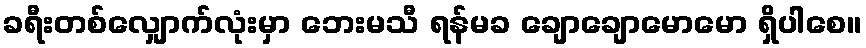
ခရီးတစ်လျှောက်လုံးမှာ ဘေးမသီ ရန်မခ ချောချောမောမော ရှိပါစေ။